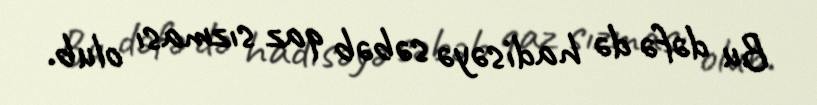
Bu dəfə də hadisəyə səbəb qaz sızması olub.